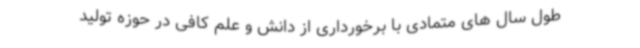
طول سال های متمادی با برخورداری از دانش و علم کافی در حوزه تولید